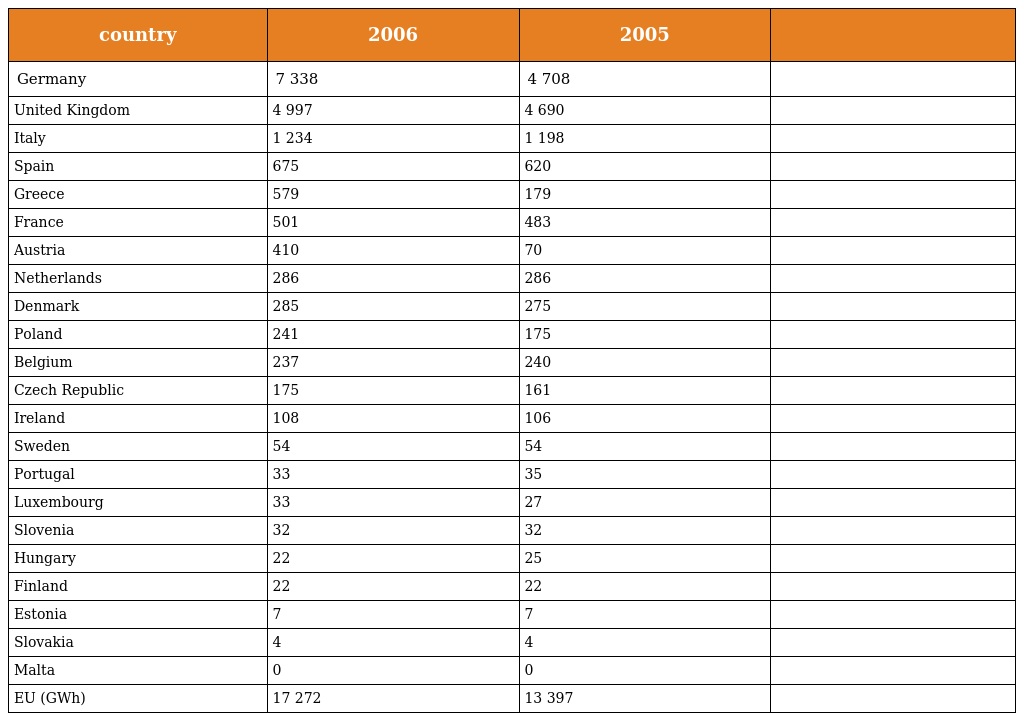
| country | 2006 | 2005 |  |
 | --- | --- | --- | --- |
 | Germany | 7 338 | 4 708 |  |
 | United Kingdom | 4 997 | 4 690 |  |
 | Italy | 1 234 | 1 198 |  |
 | Spain | 675 | 620 |  |
 | Greece | 579 | 179 |  |
 | France | 501 | 483 |  |
 | Austria | 410 | 70 |  |
 | Netherlands | 286 | 286 |  |
 | Denmark | 285 | 275 |  |
 | Poland | 241 | 175 |  |
 | Belgium | 237 | 240 |  |
 | Czech Republic | 175 | 161 |  |
 | Ireland | 108 | 106 |  |
 | Sweden | 54 | 54 |  |
 | Portugal | 33 | 35 |  |
 | Luxembourg | 33 | 27 |  |
 | Slovenia | 32 | 32 |  |
 | Hungary | 22 | 25 |  |
 | Finland | 22 | 22 |  |
 | Estonia | 7 | 7 |  |
 | Slovakia | 4 | 4 |  |
 | Malta | 0 | 0 |  |
 | EU (GWh) | 17 272 | 13 397 |  |